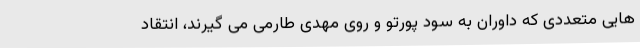
هایی متعددی که داوران به سود پورتو و روی مهدی طارمی می گیرند، انتقاد